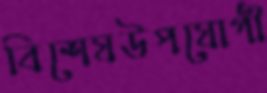
বিশেষউপযোগী